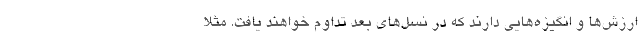
ارزش‌ها و انگیزه‌هایی دارند که در نسل‌های بعد تداوم خواهند یافت. مثلاً